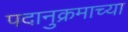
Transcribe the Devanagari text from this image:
पदानुक्रमाच्या